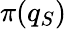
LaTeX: \pi(q_{S})